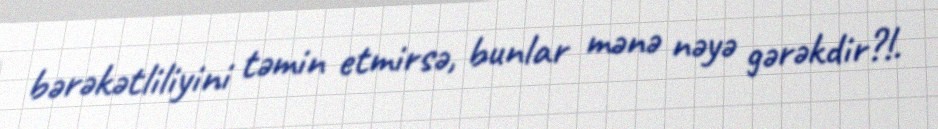
bərəkətliliyini təmin etmirsə, bunlar mənə nəyə gərəkdir?!.